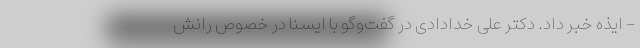
- ایذه خبر داد. دکتر علی خدادادی در گفت‌وگو با ایسنا در خصوص رانش